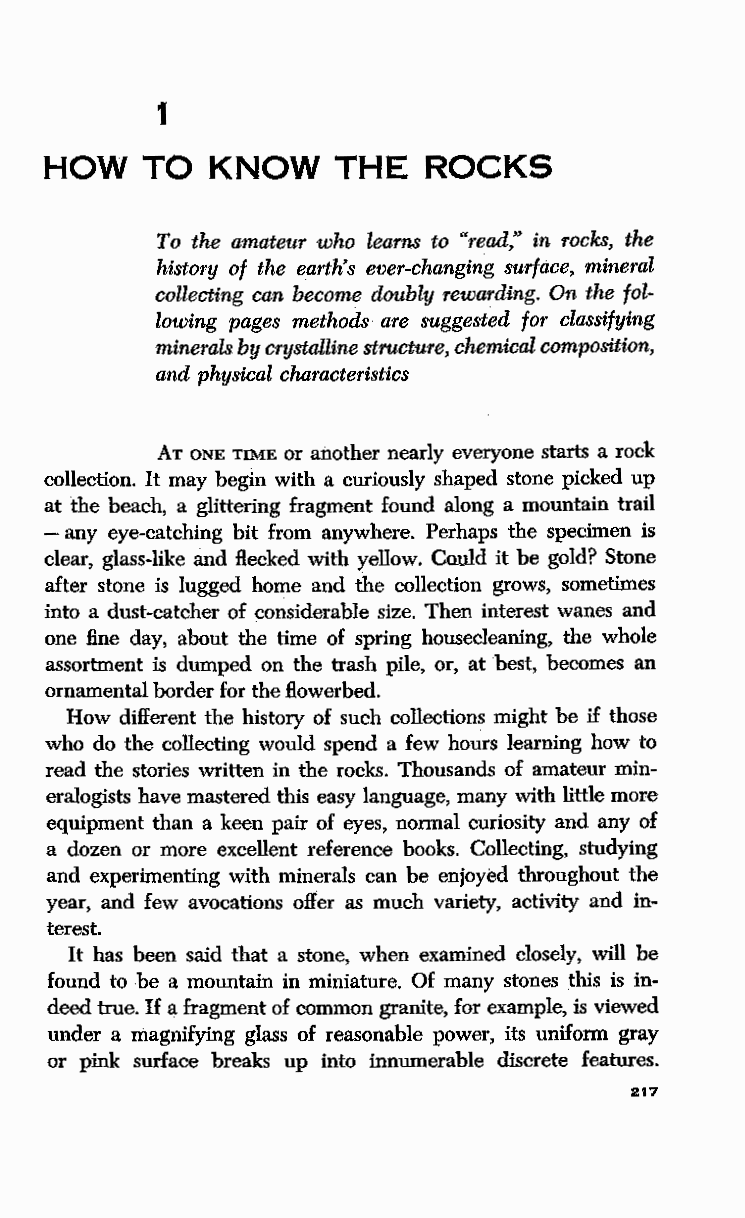
1
 HOW   TO   KNOW    THE   ROCKS
 To the amateur who learns to "read," in rocks, the
 history of the earth's ever-changing surface, mineral
 collecting can become doubly rewarding. On the fol
 lowing pages methods are suggested for classifying
 minerals by crystalline structure, chemical composition,
 and physical characteristics
 AT ONE TIME or another nearly everyone starts a rock
 collection. It may begin with a curiously shaped stone picked up
 at the beach, a glittering fragment found along a mountain trail
 - any eye-catching bit from anywhere. Perhaps the specimen is
 clear, glass-like and flecked with yellow. Could it be gold? Stone
 after stone is lugged home and the collection grows, sometimes
 into a dust-catcher of considerable size. Then interest wanes and
 one fine day, about the time of spring housecleaning, the whole
 assortment is dumped on the trash pile, or, at best, becomes an
 ornamental border for the Howerbed.
 How different the history of such collections might be if those
 who do the collecting would spend a few hours learning how to
 read the stories written in the rocks. Thousands of amateur min
 eralogists have mastered this easy language, many with little more
 equipment than a keen pair of eyes, normal curiosity and any of
 a dozen or more excellent reference books. Collecting, studying
 and experimenting with minerals can be enjoyed throughout the
 year, and few avocations offer as much variety, activity and in
 terest.
 It has been said that a stone, when examined closely, will be
 found to be a mountain in miniature. Of many stones this is in
 deed true. If a fragment of common granite, for example, is viewed
 under a magnifying glass of reasonable power, its uniform gray
 or pink surface breaks up into innumerable discrete features.
 217